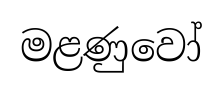
මළණුවෝ